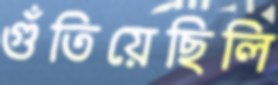
গুঁতিয়েছিলি